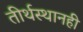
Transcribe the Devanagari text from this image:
तीर्थस्थानही